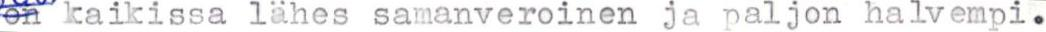
on kaikissa lähes samanveroinen ja paljon halvempi.